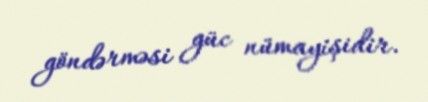
göndərməsi güc nümayişidir.